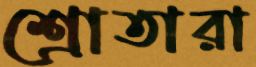
শ্রোতারা